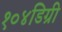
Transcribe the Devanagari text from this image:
१०४डिग्री